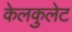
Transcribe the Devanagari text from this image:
केलकुलेट